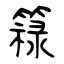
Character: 簶